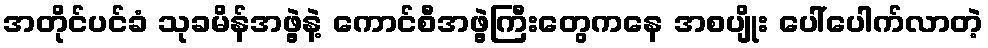
အတိုင်ပင်ခံ သုခမိန်အဖွဲ့နဲ့ ကောင်စီအဖွဲ့ကြီးတွေကနေ အစပျိုး ပေါ်ပေါက်လာတဲ့